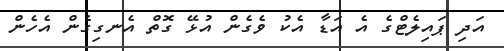
އަދި ޕައިލެޓްގެ އެ އަޑާ އެކު ވެގެން އުޅޭ ގޮތް އެނގިގެން އެހެން